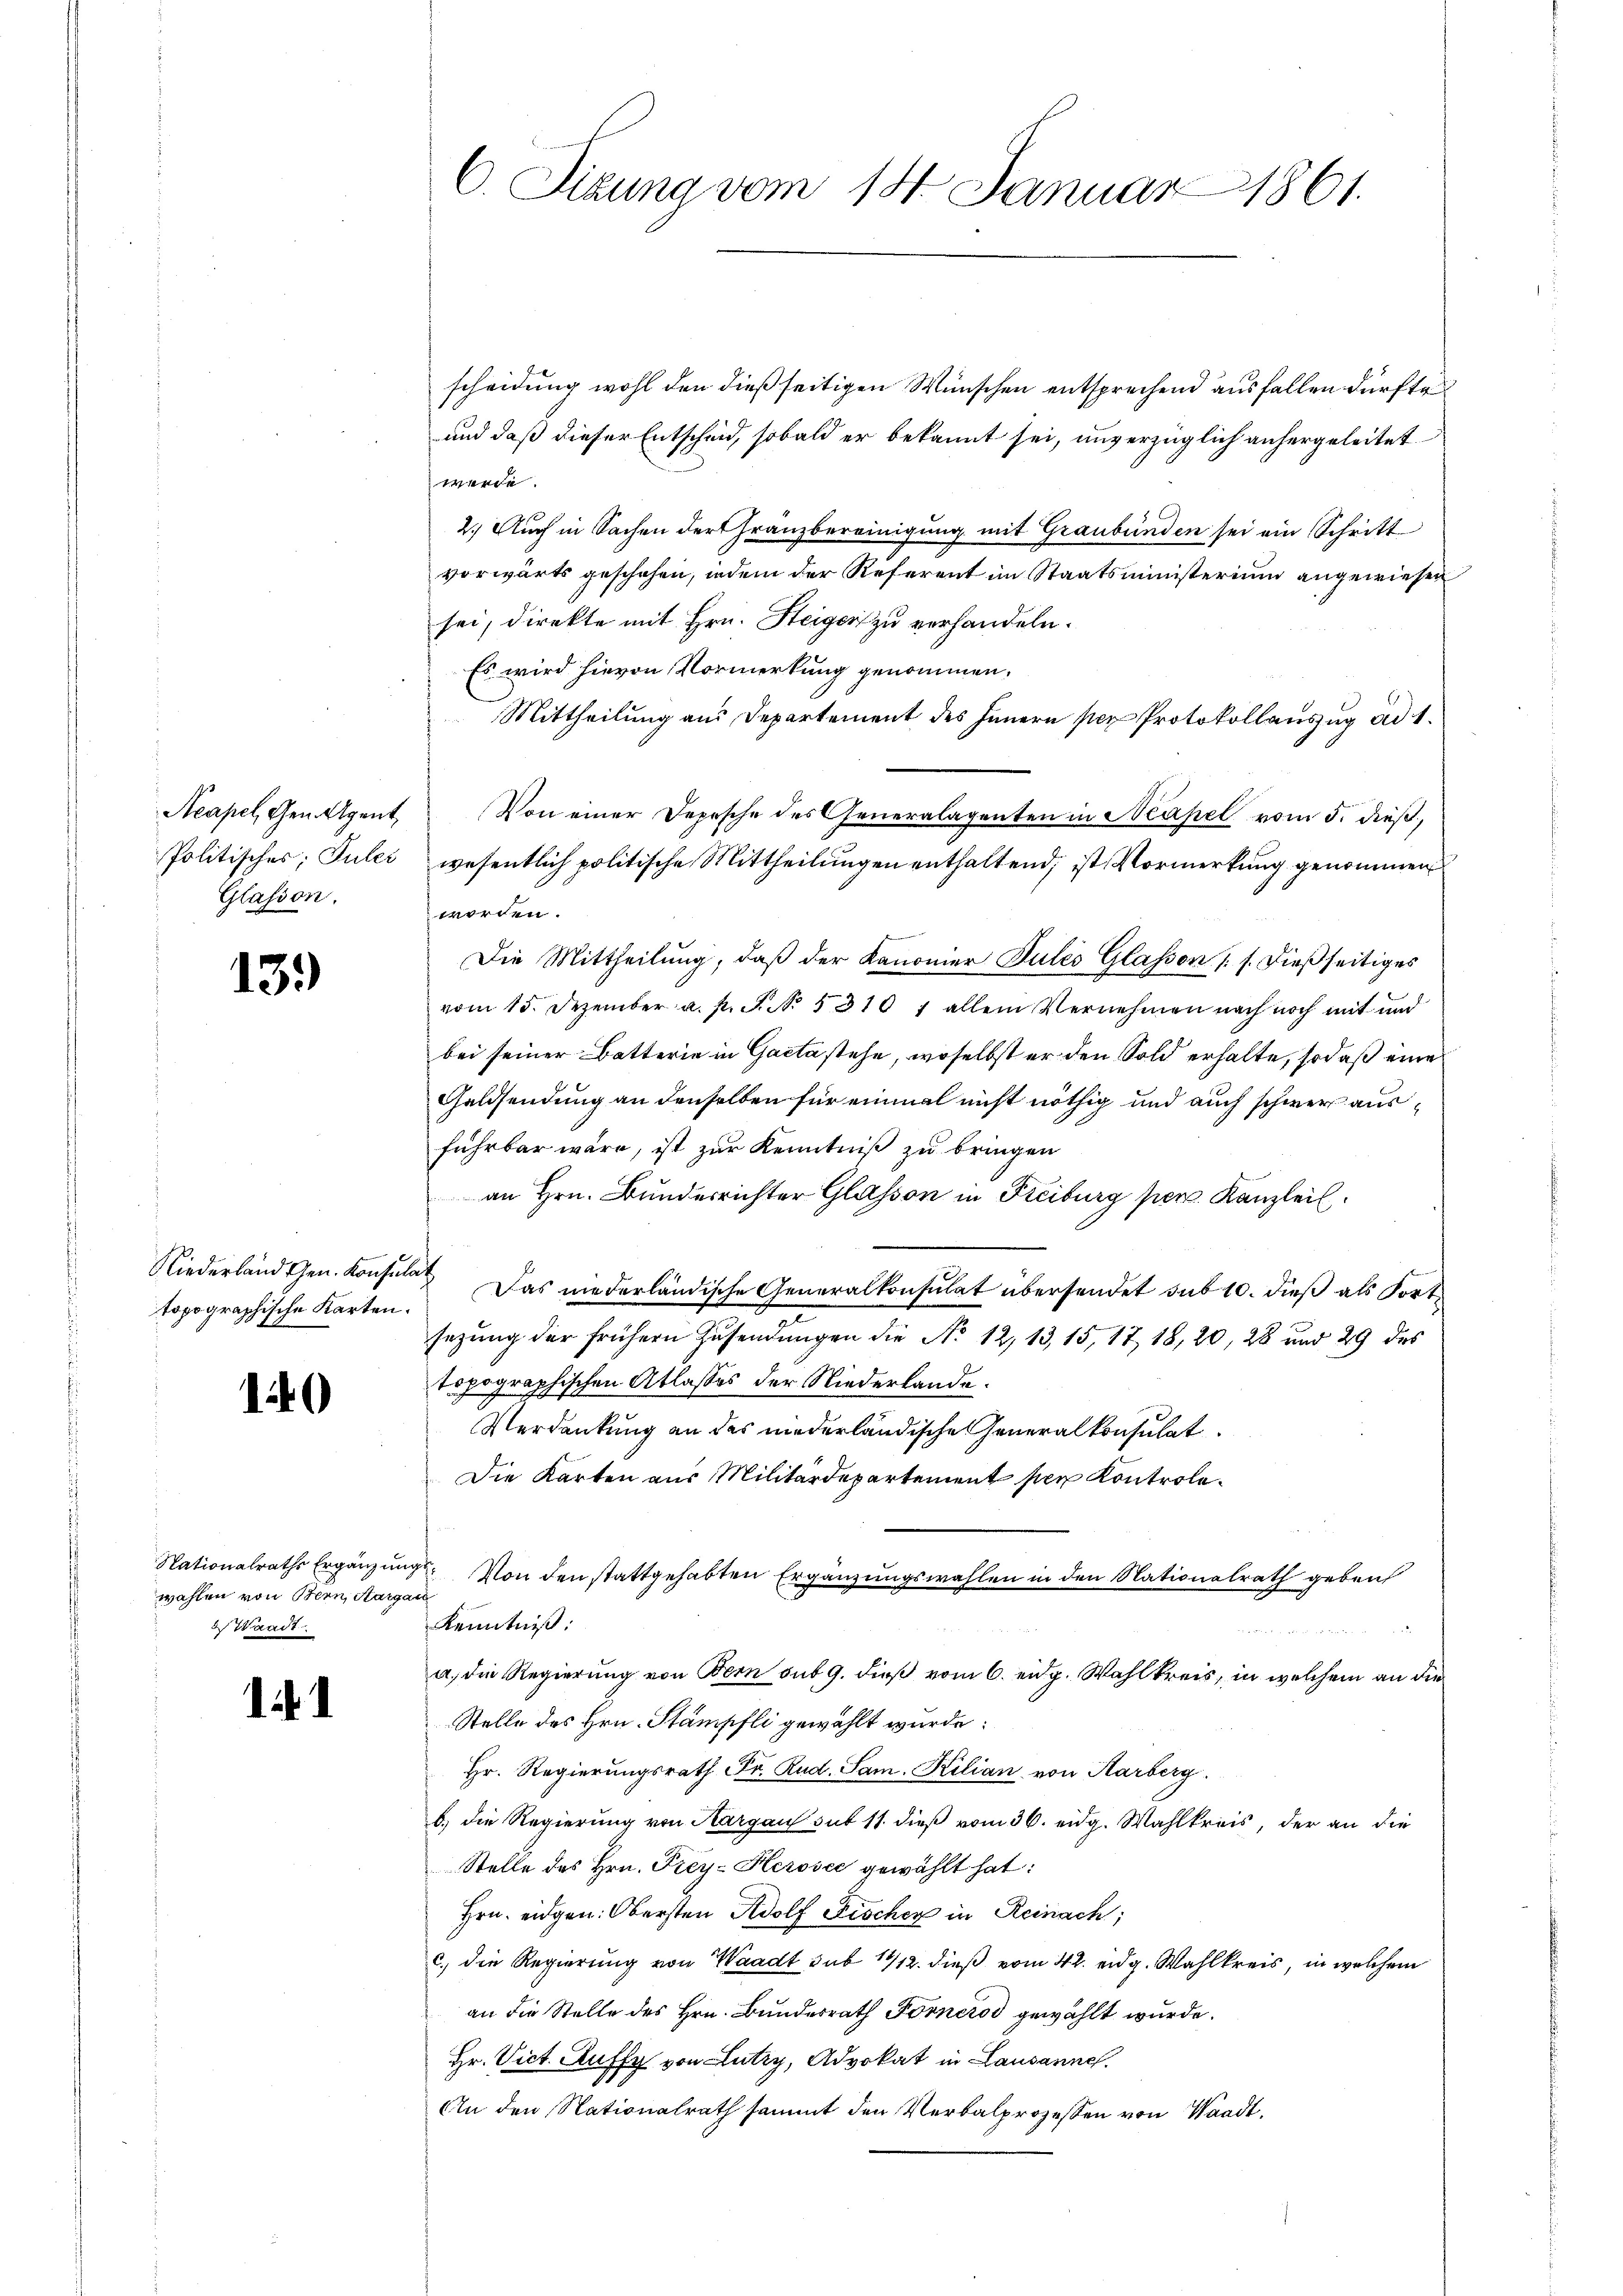
Glasion.

13.)

scheidung wohl den dießseitigen Wünschen entsprechend ausfallen dürfte
und daß dieser Entscheid, sobald er bekannt sei, unverzüglich anhergeleitet
werde.
2.) Auch in Sachen der Franzbereinigung mit Graubünden sei ein Schritt
vorwärts geschehen, indem der Referent im Staatsministerium angewiesen
sei, direkte mit Hrn. Steiger zu verhandeln.
Es wird hievon Vormerkung genommen.
Mittheilung aus Departement des Innern per Protokollauszug ad 1.
Neapel, Gen. Agent. Von einer Depesche des Generalagenten in Neapel vom 5. dieß,
Politisches, Juler wesentlich politische Mittheilŭngen enthaltend, ist Vormerkung genommen
worden.
Die Mittheilung, daß der Kanonier Pulés Glassen (s. dießseitiges
vom 15. Dezember a. p. N. N. 5310 f allein Vernehmen nach noch mit und
bei seiner Batterie in Gacta stehe, woselbst er den Sold erhalte, so daß eine
Geldsendung an denselben für einmal nicht nöthig und auch schwer ausführbar wäre, ist zur Kenntniß zu bringen
an Hrn. Bunderrichter Glasson in Freiburg per. Kanzleil
Niederland Gen. Konsula Das niederländische Generalkonsultat übersendet sub 10. dieß als Fort
sezung der frühern Zusendungen die No 12, 13, 15, 17 18, 20, 28 und 29 des
topographischen Atlasses der Niederlande.
Verdankung an das niederländische Generalkonsulat
Die Karten aus Militärdepartement per Kontrole¬
Nationalraths Ergänzung. Von den stattgehabten Ergänzungswahlen in den Nationalrath geben
Kenntniß:
a, die Regierung von Bern sub 9. dieß vom 6. eidg. Wahlkreis, in welchem an die
Stelle des Hrn. Stämpfli gewählt wurde:
Hr. Regierungsrath Fr. Rud. Sam. Kilian von Aarberg.
b) die Regierung von Aargau sub 11. dieß vom 36. eidg. Wahlkreis, der an die
Stelle des Hrn. Prey-Herosec gewählt hat:
Hrn. eidgen. Obersten Adolf Fischer in Reinach,
c.) die Regierung von Waadt sub 14/12. dieß vom 4t. eidg. Wahlkreis, in welchem
an die Stelle des Hrn. Bundesrath Forneros gewählt wurde.
Hr. Vict. Auffy von Lutry, Advokat in Lausannes.
An den Nationalrath sammt den Verbalprozessen von Waadt.

topographische Karten.

140

wählen von Bern, Aargau
Waadt

.

C. Sitzung vom 14. Januar 1861.